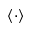
\left< \cdot \right>